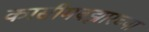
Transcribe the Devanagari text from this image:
कासीमबझारच्या